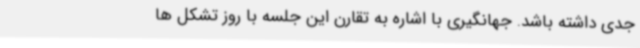
جدی داشته باشد. جهانگیری با اشاره به تقارن این جلسه با روز تشکل ها